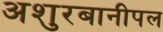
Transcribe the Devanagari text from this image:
अशुरबानीपल